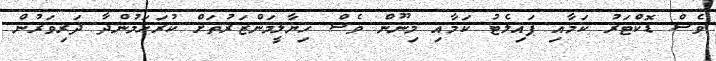
ވެސް ޑޮކްޓަރު ކަމާއި ޕައިލެޓު ކަމާއި މިނޫން ވެސް ހިޔާލީމަންޒަރުތަށް ކުރަހަމުންދާ ދަރިވަރުން